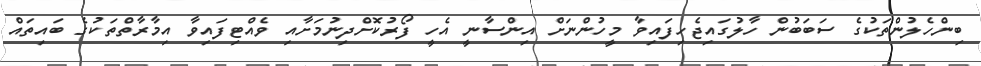
ބިންހެލުންތަކުގެ ސަބަބުން ހާލުގައިޖެހިފައިވާ މީހުންނަށް އިންސާނީ އެހީ ފޯރުކޮށްދިނުމަށާއި ވެއްޓިފައިވާ އިމާރާތްތަކުގެ ބައިތައް